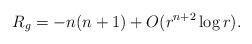
LaTeX: \begin{align*}R_g = -n(n+1)+O(r^{n+2}\log r).\end{align*}